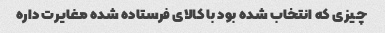
چیزی که انتخاب شده بود با کالای فرستاده شده مغایرت داره